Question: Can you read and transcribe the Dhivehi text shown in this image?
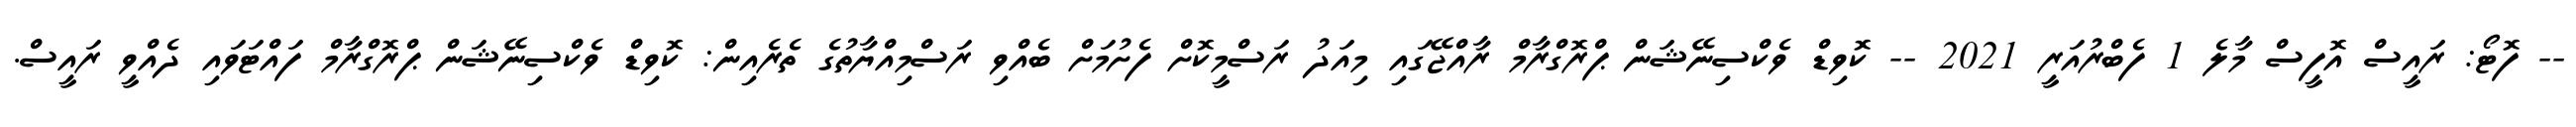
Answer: -- ފޮޓޯ: ރައީސް އޮފީސް މާލެ 1 ފެބްރުއަރީ 2021 -- ކޮވިޑް ވެކްސިނޭޝަން ޕްރޮގްރާމް ރާއްޖޭގައި މިއަދު ރަސްމީކޮށް ފެށުމަށް ބެއްވި ރަސްމިއްޔާތުގެ ތެރެއިން: ކޮވިޑް ވެކްސިނޭޝަން ޕްރޮގްރާމް ފައްޓަވައި ދެއްވީ ރައީސް.